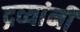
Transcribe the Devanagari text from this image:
द्रव्यांनी